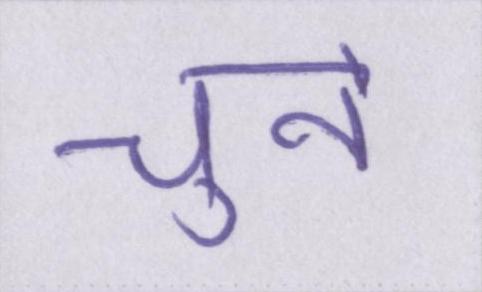
चुनें